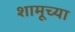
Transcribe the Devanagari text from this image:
शामूच्या